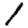
Digit: 1